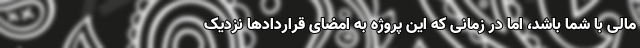
مالی با شما باشد، اما در زمانی که این پروژه به امضای قرارداد‌ها نزدیک